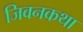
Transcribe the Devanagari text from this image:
जिवनकथा